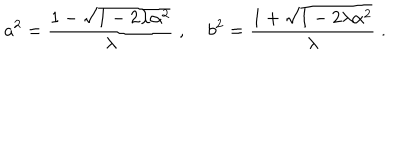
a ^ { 2 } = \frac { 1 - \sqrt { 1 - 2 \lambda \alpha ^ { 2 } } } { \lambda } \; , \; b ^ { 2 } = \frac { 1 + \sqrt { 1 - 2 \lambda \alpha ^ { 2 } } } { \lambda } \; .